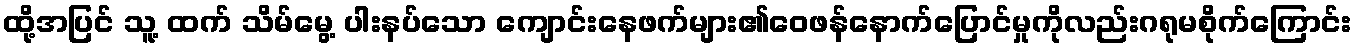
ထို့အပြင် သူ့ ထက် သိမ်မွေ့ ပါးနပ်သော ကျောင်းနေဖက်များ၏ဝေဖန်နောက်ပြောင်မှုကိုလည်းဂရုမစိုက်ကြောင်း